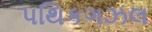
પથિકગઝલ